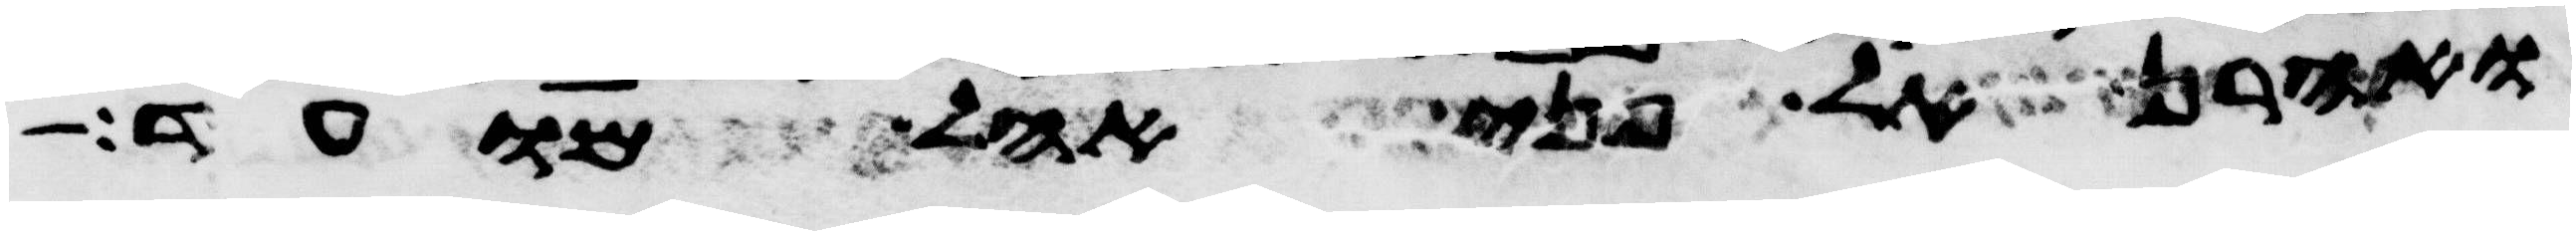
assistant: ואהרן אל פני אהל מועד